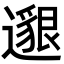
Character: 𨗿